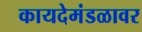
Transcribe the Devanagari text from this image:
कायदेमंडळावर